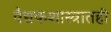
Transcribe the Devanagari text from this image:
वैद्यकशास्त्रातही